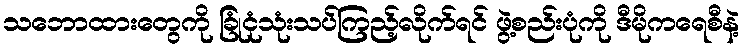
သဘောထားတွေကို ခြုံငုံသုံးသပ်ကြည့်လိုက်ရင် ဖွဲ့စည်းပုံကို ဒီမိုကရေစီနဲ့